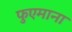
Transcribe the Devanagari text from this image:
फुएमाना